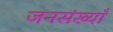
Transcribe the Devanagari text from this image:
जनसंख्याँ